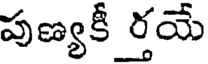
పుణ్యకీ ర్తయే